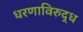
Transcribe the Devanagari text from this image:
धरणाविरुद्ध